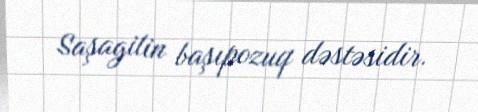
Saşagilin başıpozuq dəstəsidir.